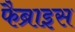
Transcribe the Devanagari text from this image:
फैब्राइस